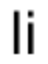
li